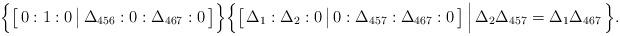
LaTeX: \begin{align*} \Bigr\{ \bigr[ \, 0:1:0 \, \bigr| \, \Delta_{456}:0:\Delta_{467}:0 \, \bigr] \Bigr\} \Bigr\{ \bigr[ \, \Delta_1:\Delta_2:0 \, \bigr| \, 0:\Delta_{457}:\Delta_{467}:0 \, \bigr] \, \Bigr| \, \Delta_2 \Delta_{457} = \Delta_1 \Delta_{467} \, \Bigr\}.\end{align*}